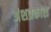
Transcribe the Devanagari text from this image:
अंशप्रकाश